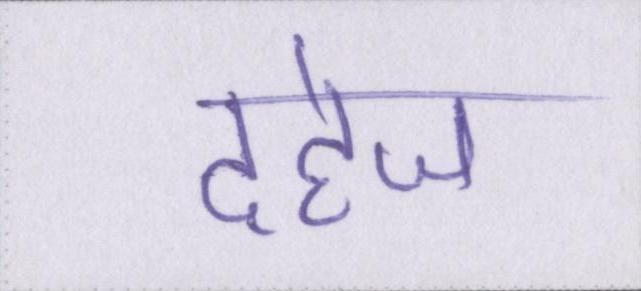
दहेज